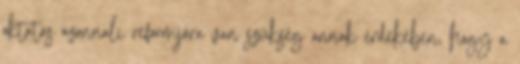
oktatás azonnali reformjára van szükség annak érdekében, hogy a